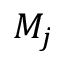
M _ { j }